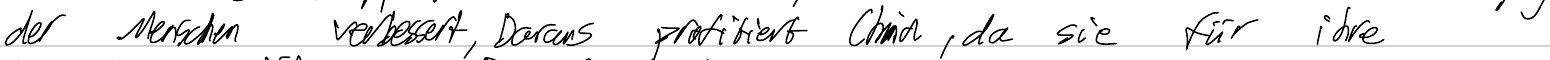
der Menschen verbessert, Daraus profitiert China, da sie für ihre